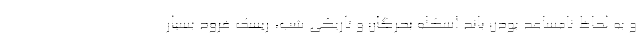
و به لحاظ نامساعد بودن باند اسکله بحرگان و تاریکی شب، ریسک فرود بسیار